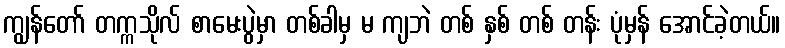
ကျွန်တော် တက္ကသိုလ် စာမေးပွဲမှာ တစ်ခါမှ မ ကျဘဲ တစ် နှစ် တစ် တန်း ပုံမှန် အောင်ခဲ့တယ်။